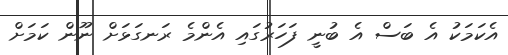
އެކަމަކު އެ ބަސް އެ ބުނީ ފަހަރުގައި އެންމެ ރަނގަޅަށް ނޫން ކަމަށް